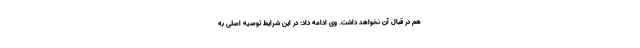
هم در قبال آن نخواهد داشت. وی ادامه داد: در این شرایط توصیه اصلی به